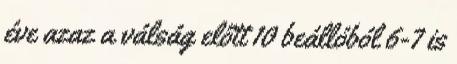
éve azaz a válság előtt 10 beállóból 6-7 is